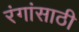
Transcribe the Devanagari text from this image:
रंगांसाठी